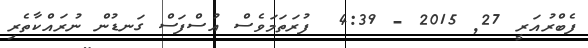
ފެބްރުއަރީ 27